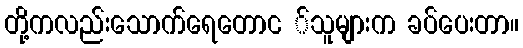
တို့ကလည်းသောက်ရေတောင ်သူများက ခပ်ပေးတာ။